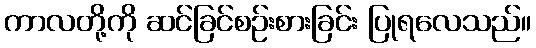
ကာလတို့ကို ဆင်ခြင်စဉ်းစားခြင်း ပြုရလေသည်။